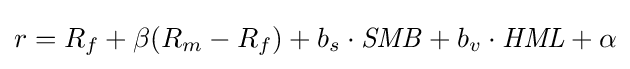
r=R_{f}+\beta (R_{m}-R_{f})+b_{s}\cdot {\mathit {SMB}}+b_{v}\cdot {\mathit {HML}}+\alpha